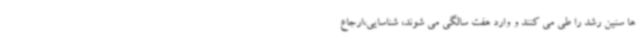
ها سنین رشد را طی می کنند و وارد هفت سالگی می شوند، شناسایی،ارجاع